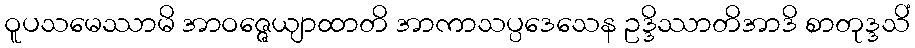
ဝူပသမေဿာမိ အာဝဇ္ဇေယျာထာတိ အာကာသပ္ပဒေသေန ဥဒ္ဒိဿာတိအာဒိ စာတုဒ္ဒသိံ